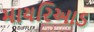
માયરિઆડ